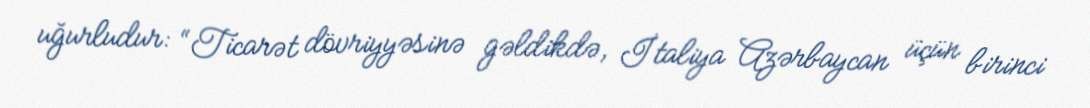
uğurludur: “Ticarət dövriyyəsinə gəldikdə, İtaliya Azərbaycan üçün birinci